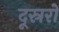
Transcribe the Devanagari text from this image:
दूस्ररों